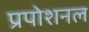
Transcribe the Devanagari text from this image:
प्रपोशनल